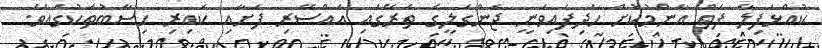
ކުއްޅަފިލާ ފަތް އާންމުކޮށް ހެދިފައިވަނީ ޖަންގަލީގެ ތެރޭގައި އައްސޭރި ފަށާއި ކައިރި ހިސާބުތަކުގައެވެ.